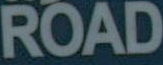
ROAD